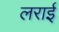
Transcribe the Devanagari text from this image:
लराई